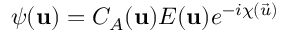
\psi ( \mathbf { u } ) = C _ { A } ( \mathbf { u } ) E ( \mathbf { u } ) e ^ { - i \chi ( \vec { u } ) }